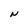
Character: N